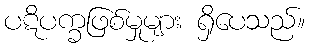
ပဋိပက္ခဖြစ်မှုများ ရှိပေသည်။